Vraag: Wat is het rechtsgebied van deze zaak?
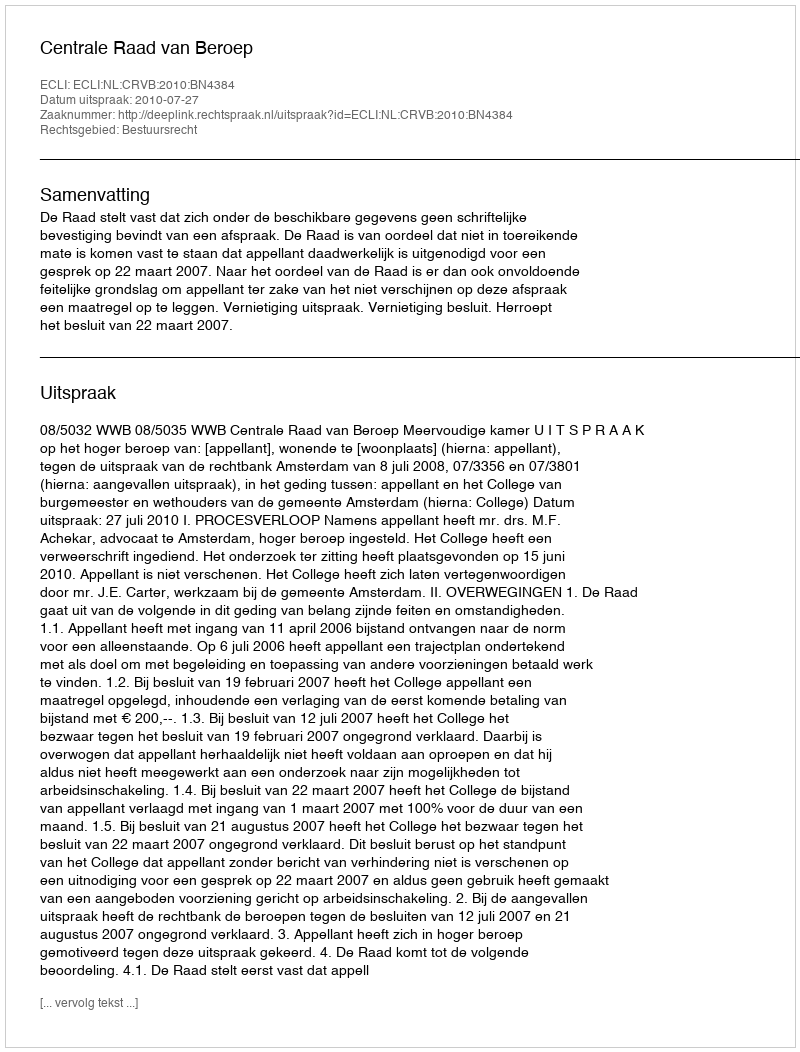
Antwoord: Bestuursrecht